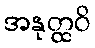
အနုတ္ထဝိ